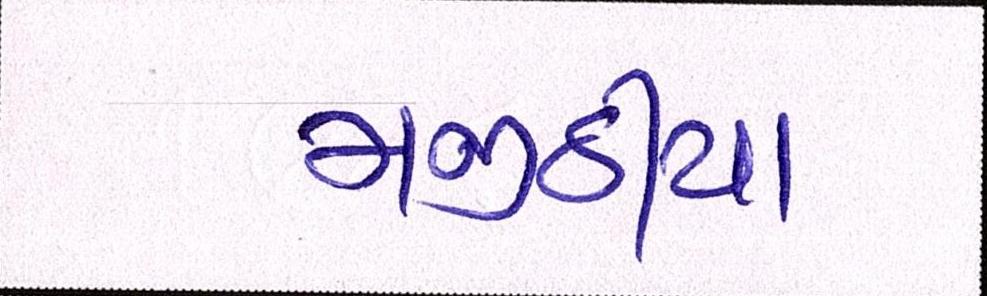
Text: મજીઠીયા